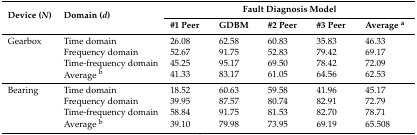
<table><thead><tr><td rowspan="2"><b>Device (<i>N</i>)</b></td><td rowspan="2"><b>Domain (<i>d</i>)</b></td><td colspan="5"><b>Fault Diagnosis Model</b></td></tr><tr><td><b>#1 Peer</b></td><td><b>GDBM</b></td><td><b>#2 Peer</b></td><td><b>#3 Peer</b></td><td><b>Average <sup>a</sup></b></td></tr></thead><tbody><tr><td>Gearbox</td><td>Time domain</td><td>26.08</td><td>62.58</td><td>60.83</td><td>35.83</td><td>46.33</td></tr><tr><td></td><td>Frequency domain</td><td>52.67</td><td>91.75</td><td>52.83</td><td>79.42</td><td>69.17</td></tr><tr><td></td><td>Time-frequency domain</td><td>45.25</td><td>95.17</td><td>69.50</td><td>78.42</td><td>72.09</td></tr><tr><td></td><td>Average <sup>b</sup></td><td>41.33</td><td>83.17</td><td>61.05</td><td>64.56</td><td>62.53</td></tr><tr><td>Bearing</td><td>Time domain</td><td>18.52</td><td>60.63</td><td>59.58</td><td>41.96</td><td>45.17</td></tr><tr><td></td><td>Frequency domain</td><td>39.95</td><td>87.57</td><td>80.74</td><td>82.91</td><td>72.79</td></tr><tr><td></td><td>Time-frequency domain</td><td>58.84</td><td>91.75</td><td>81.53</td><td>82.70</td><td>78.71</td></tr><tr><td></td><td>Average <sup>b</sup></td><td>39.10</td><td>79.98</td><td>73.95</td><td>69.19</td><td>65.508</td></tr></tbody></table>